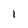
Character: I